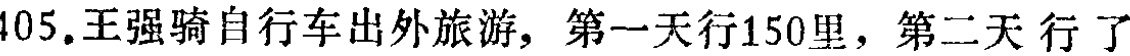
105.王强骑自行车出外旅游，第一天行150里，第二天 行了